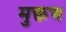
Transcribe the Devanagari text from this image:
मुक्तच